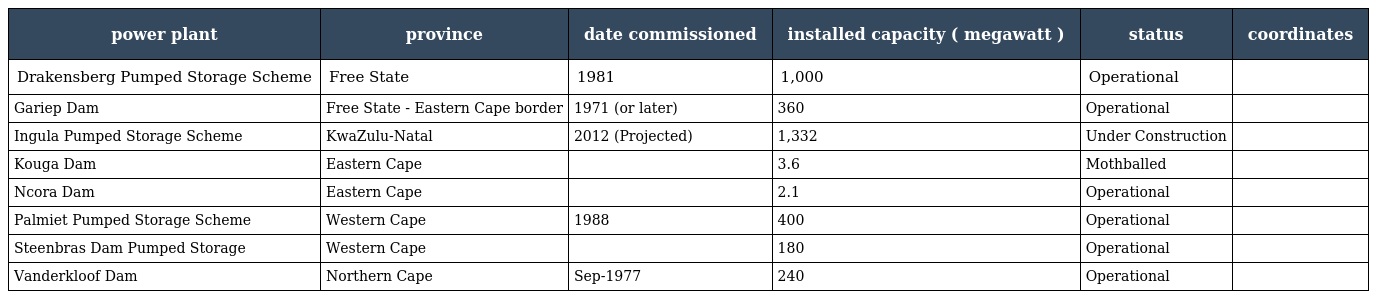
| power plant | province | date commissioned | installed capacity ( megawatt ) | status | coordinates |
 | --- | --- | --- | --- | --- | --- |
 | Drakensberg Pumped Storage Scheme | Free State | 1981 | 1,000 | Operational |  |
 | Gariep Dam | Free State - Eastern Cape border | 1971 (or later) | 360 | Operational |  |
 | Ingula Pumped Storage Scheme | KwaZulu-Natal | 2012 (Projected) | 1,332 | Under Construction |  |
 | Kouga Dam | Eastern Cape |  | 3.6 | Mothballed |  |
 | Ncora Dam | Eastern Cape |  | 2.1 | Operational |  |
 | Palmiet Pumped Storage Scheme | Western Cape | 1988 | 400 | Operational |  |
 | Steenbras Dam Pumped Storage | Western Cape |  | 180 | Operational |  |
 | Vanderkloof Dam | Northern Cape | Sep-1977 | 240 | Operational |  |